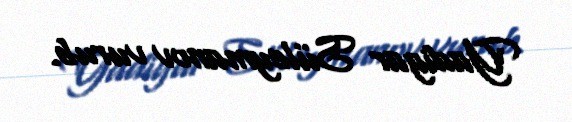
Yadigar Süleymanov vurub.